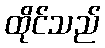
ထိုင်သည်